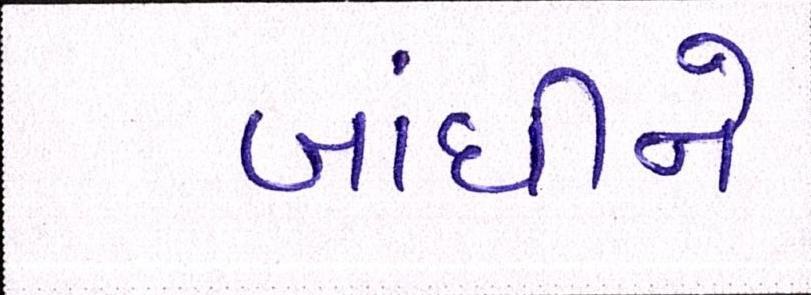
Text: બાંધીને